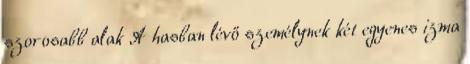
szorosabb alak A hasban lévő személynek két egyenes izma